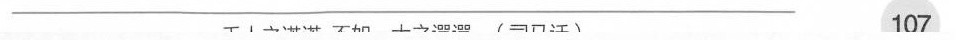
______________________________ 107